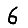
Digit: 6